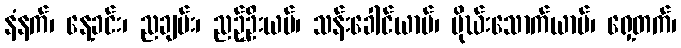
နံနက်၊ နေ့ခင်း၊ ညချမ်း၊ ညဉ့်ဦးယမ်၊ သန်းခေါင်ယာမ်၊ မိုဃ်းသောက်ယာမ်၊ ရှေ့တက်၊